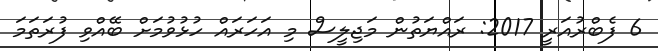
6 ފެބްރުއަރީ 2017: ރައްޔަތުން މަޖިލީސް މި އަހަރައް ހުޅުވުމަށް ބޭއްވި ފުރަތަމަ